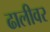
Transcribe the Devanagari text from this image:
ढालीवर